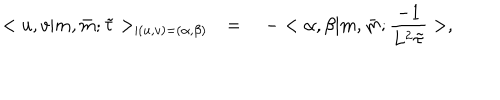
LaTeX: < u , v | m , \bar { m } ; \tilde { \tau } > _ { | ( u , v ) = ( \alpha , \beta ) } \quad = \quad - < \alpha , \beta | m , \bar { m } ; \frac { - 1 } { L ^ { 2 } \tilde { \tau } } > ,